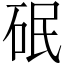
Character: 䂥